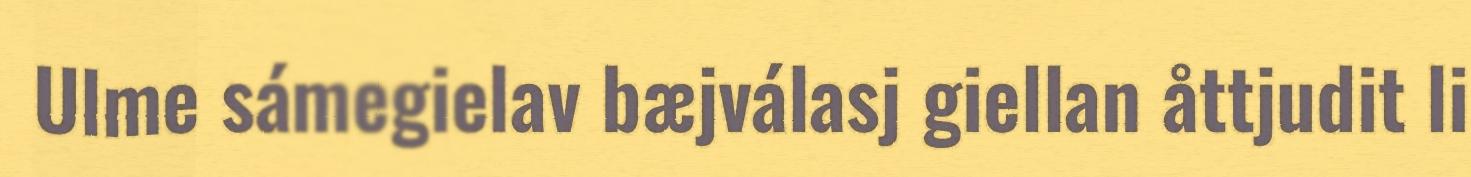
Ulme sámegielav bæjválasj giellan åttjudit li